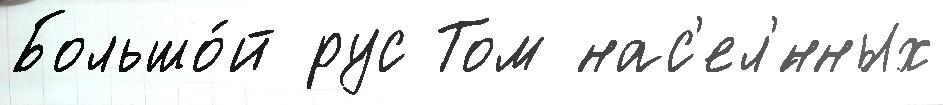
Большо́й рус Том нас'ел'́нных